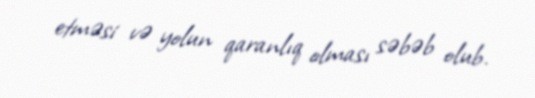
etməsi və yolun qaranlıq olması səbəb olub.